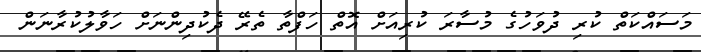
މަސައްކަތް ކުރި ދުވަހުގެ މުސާރަ ކުރިއަށް އޮތް ހަފްތާ ތެރޭ ދެކުދިންނަށް ހަވާލުކުރާނަން